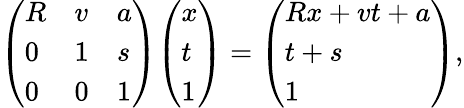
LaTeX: {\left(\begin{array}{lll}{R}&{v}&{a}\\ {0}&{1}&{s}\\ {0}&{0}&{1}\end{array}\right)}{\left(\begin{array}{l}{x}\\ {t}\\ {1}\end{array}\right)}={\left(\begin{array}{l}{Rx+vt+a}\\ {t+s}\\ {1}\end{array}\right)},